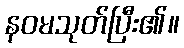
နဝမသုတ်ပြီး၏။